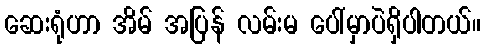
ဆေးရုံဟာ အိမ် အပြန် လမ်းမ ပေါ်မှာပဲရှိပါတယ်။